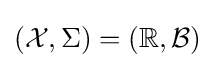
({\mathcal {X}},\Sigma )=(\mathbb {R} ,{\mathcal {B}})